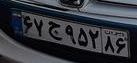
۶۷ج۹۵۲۸۶